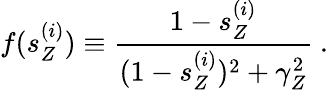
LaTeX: f(s_{Z}^{(i)})\equiv{\frac{1-s_{Z}^{(i)}}{(1-s_{Z}^{(i)})^{2}+\gamma_{Z}^{2}}}~.